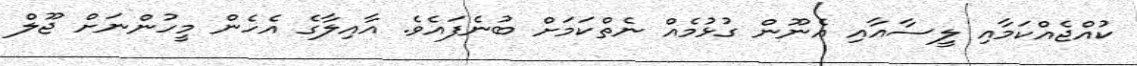
ކުއްޖެއްކަމާއި ލީސާއާއި އެނޫން ގުޅުމެއް ނެތްކަމަށް ބުނެފައެވެ. އާއިލާގެ އެހެން މީހުންނަށް ޖޫލް